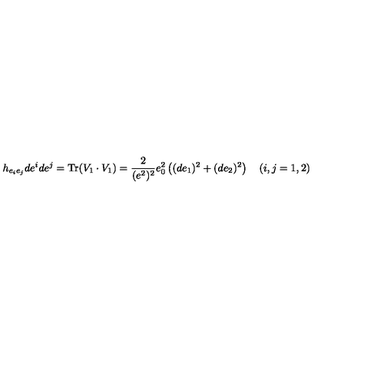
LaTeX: h _ { e _ { i } e _ { j } } d e ^ { i } d e ^ { j } = \mathrm { T r } ( V _ { 1 } \cdot V _ { 1 } ) = \frac 2 { ( e ^ { 2 } ) ^ { 2 } } e _ { 0 } ^ { 2 } \left( ( d e _ { 1 } ) ^ { 2 } + ( d e _ { 2 } ) ^ { 2 } \right) \quad ( i , j = 1 , 2 )